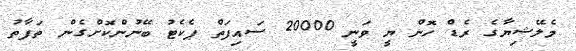
މެލޭޝިޔާގެ ރެޑް ހޮން ޔީ ވަނީ 20000 ސައިފަތް ޕެކެޓު ބޭނުންކޮށްގެން ތަފާތު